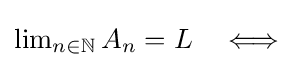
{\textstyle \lim _{n\in \mathbb {N} }A_{n}=L\quad \Longleftrightarrow }